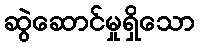
ဆွဲဆောင်မှုရှိသော